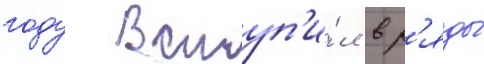
году вступ'и́л в р'яды́